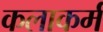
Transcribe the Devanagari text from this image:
कलाकर्म